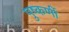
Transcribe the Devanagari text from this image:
पुष्कर्णी